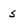
Character: s